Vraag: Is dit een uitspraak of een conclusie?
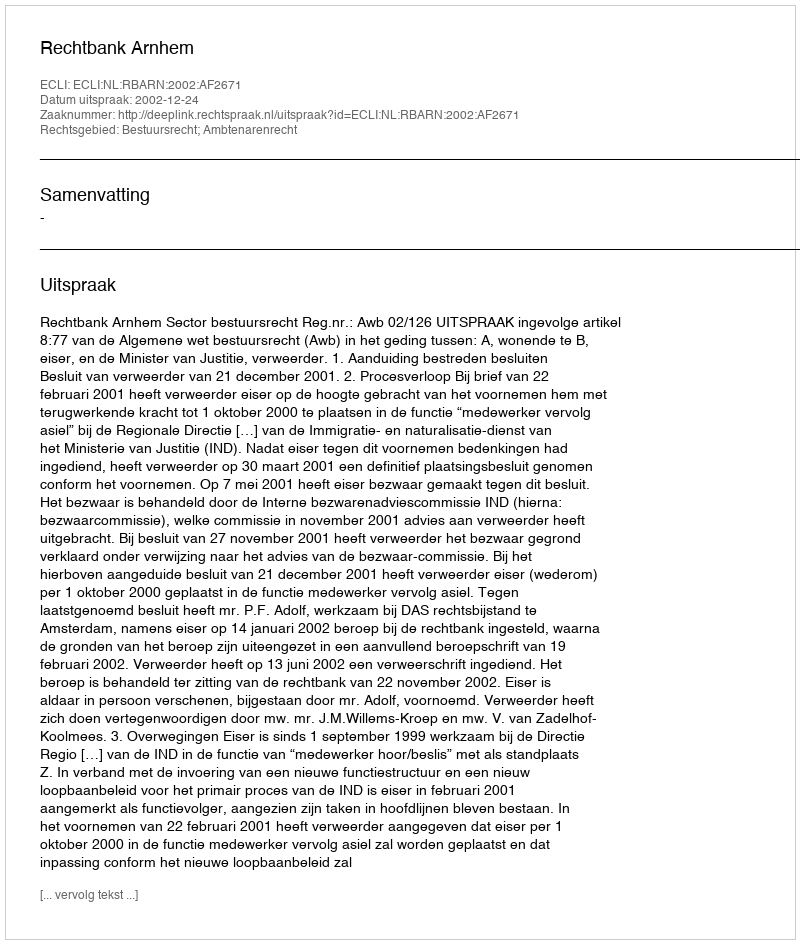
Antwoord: Uitspraak